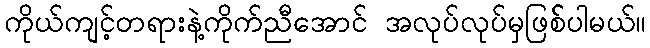
ကိုယ်ကျင့်တရားနဲ့ကိုက်ညီအောင် အလုပ်လုပ်မှဖြစ််ပါမယ်။